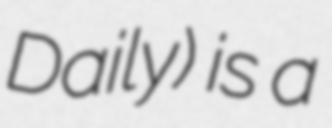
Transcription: Daily) is a